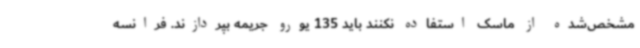
مشخص‌شده از ماسک استفاده نکنند باید 135 یورو جریمه بپردازند. فرانسه